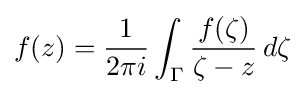
f(z)={\frac {1}{2\pi i}}\int \nolimits _{\Gamma }{\frac {f(\zeta )}{\zeta -z}}\,d\zeta